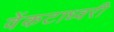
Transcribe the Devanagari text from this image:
वेंकटाध्वरी